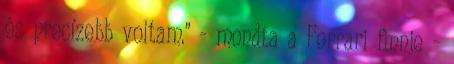
és precízebb voltam." - mondta a Ferrari finnje -